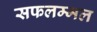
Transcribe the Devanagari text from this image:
सफलम्मल